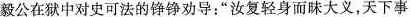
毅公在狱中对史可法的铮铮劝导：”汝复轻身而昧大义，天下事